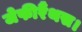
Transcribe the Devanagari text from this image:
जेफीरैंथस।